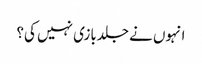
انہوں نے جلدبازی نہیں کی؟